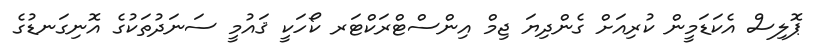
ޕޮލިސް އެކަޑަމީން ކުރިއަށް ގެންދިޔަ ޖިމް އިންސްޓްރަކްޓަރ ކޯހަކީ ޤައުމީ ސަނަދުތަކުގެ އޮނިގަނޑުގެ